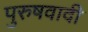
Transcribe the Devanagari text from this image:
पुरुषवादी